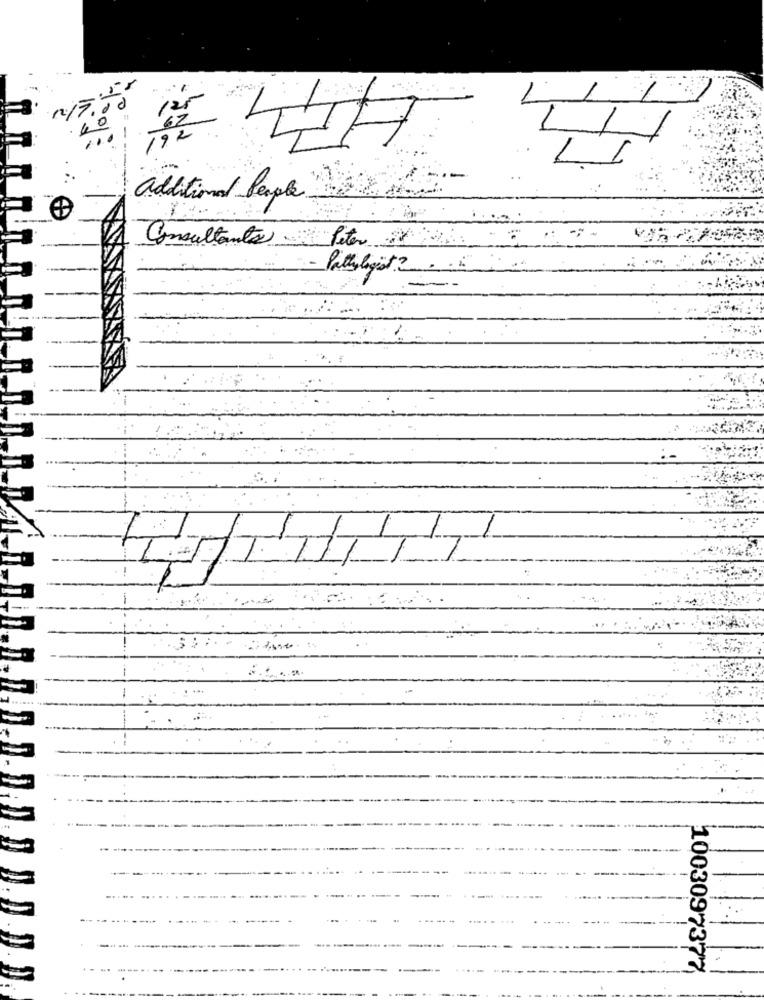
192
additional People
Consultants
Pathologist?
. !
1003097377